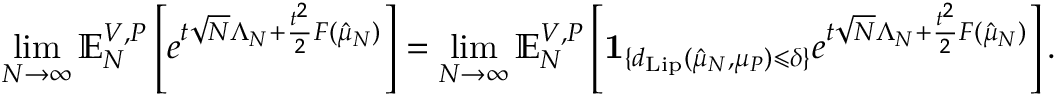
\operatorname* { l i m } _ { N \to \infty } \mathbb { E } _ { N } ^ { V , P } \left[ e ^ { t \sqrt { N } \Lambda _ { N } + \frac { t ^ { 2 } } { 2 } F ( \hat { \mu } _ { N } ) } \right] = \operatorname* { l i m } _ { N \to \infty } \mathbb { E } _ { N } ^ { V , P } \left[ \mathbf { 1 } _ { \{ d _ { \mathrm { L i p } } ( \hat { \mu } _ { N } , \mu _ { P } ) \leqslant \delta \} } e ^ { t \sqrt { N } \Lambda _ { N } + \frac { t ^ { 2 } } { 2 } F ( \hat { \mu } _ { N } ) } \right] .